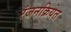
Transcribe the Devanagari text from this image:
रंजनक्रियेत